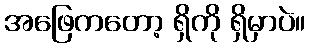
အဖြေကတော့ ရှိကို ရှိမှာပဲ။